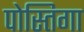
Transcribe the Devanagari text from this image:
पोस्तिगा